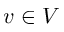
v \in V